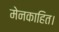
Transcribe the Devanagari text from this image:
मेनकाहित।